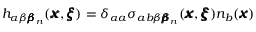
h _ { \alpha \beta { \pmb \beta } _ { n } } ( { \pmb x } , { \pmb \xi } ) = \delta _ { \alpha a } \sigma _ { a b \beta { \pmb \beta } _ { n } } ( { \pmb x } , { \pmb \xi } ) n _ { b } ( { \pmb x } )